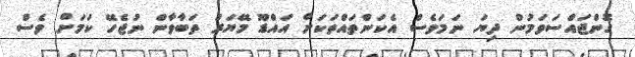
ގޮންޖައްސަވަމުން ދިޔަ ނަމަވެސް އެކަންތައްތަކަށް އައްޑޫ މޭޔަރު ތަބާވާން ނުޖެހޭ ކަމަށް ވެސް